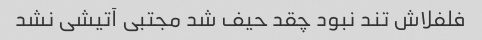
فلفلاش تند نبود چقد حیف شد مجتبی آتیشی نشد